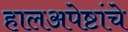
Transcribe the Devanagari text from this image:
हालअपेष्टांचे